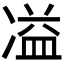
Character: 𭂚